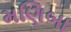
મણિબા